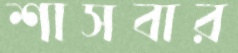
শাসবার